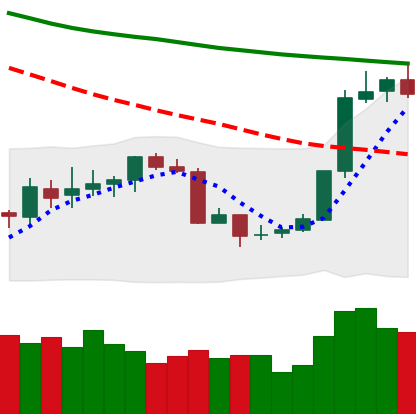
Ticker: BTC-USD
Chart end date: 2018-07-20
Forward return: 11.249%
Label: up_7plus